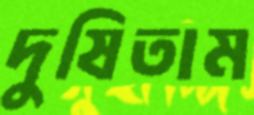
দুষিতাম